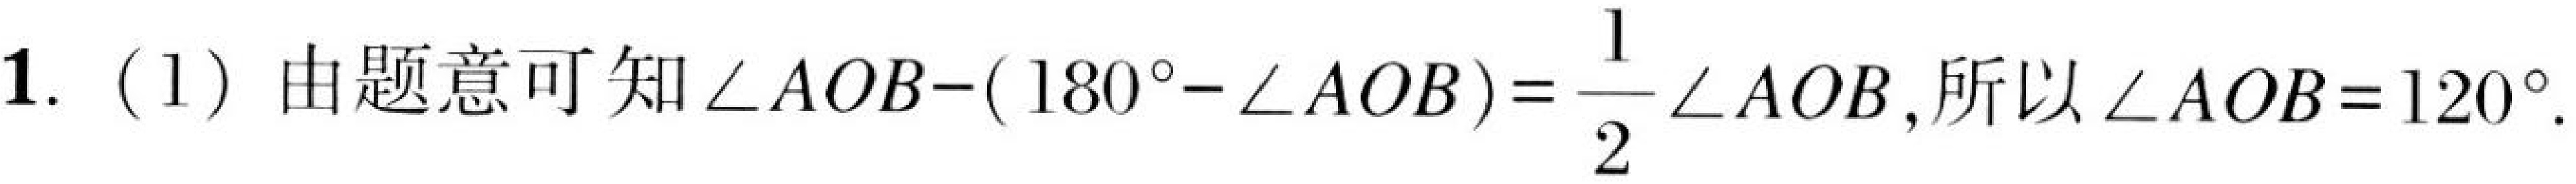
1.（1）由题意可知\(\angle AOB - (180^{\circ}-\angle AOB)=\frac{1}{2}\angle AOB\)，所以\(\angle AOB = 120^{\circ}\).